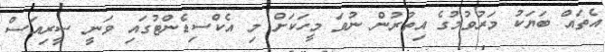
އެތައް ބަޔަކު މަރުވުމުގެ އިތުރުން ނުވަ މީހަކަށް މި އެކްސިޑެންޓުގައި ވަނީ ސީރިއަސް